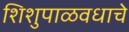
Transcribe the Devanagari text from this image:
शिशुपाळवधाचे